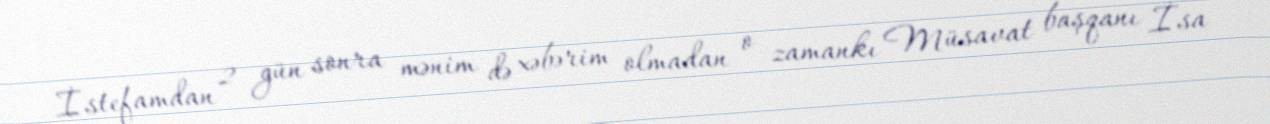
İstefamdan 2 gün sonra mənim də xəbərim olmadan o zamankı Müsavat başqanı İsa